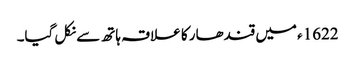
1622ء میں قندھار کا علاقہ ہاتھ سے نکل گیا۔